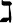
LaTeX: \gimel